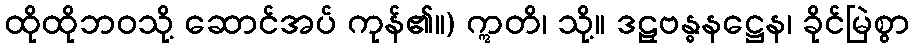
ထိုထိုဘဝသို့ ဆောင်အပ် ကုန်၏။) ဣတိ၊ သို့။ ဒဠှဗန္ဓနဋ္ဌေန၊ ခိုင်မြဲစွာ